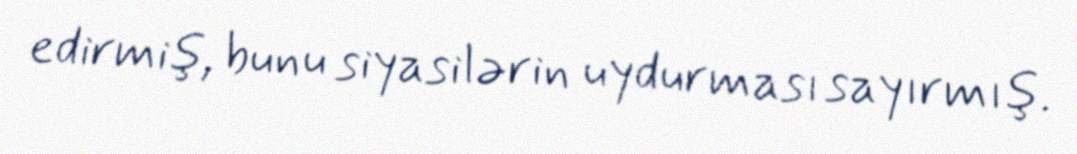
edirmiş, bunu siyasilərin uydurması sayırmış.